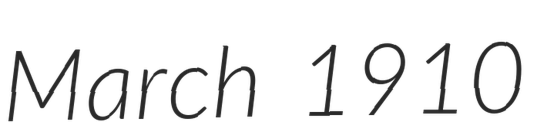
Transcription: March 1910